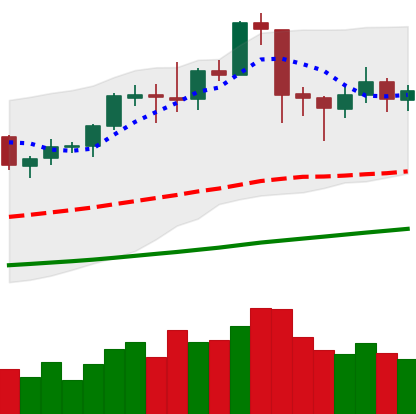
Ticker: ETC-USD
Chart end date: 2019-06-10
Forward return: 3.698%
Label: up_3_5